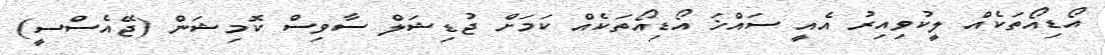
އޯޑިއޯތަކެއް ލީކުވިއިރު އެއީ ސައްޚަ އޯޑިއޯތަކެއް ކަމަށް ޖުޑިޝަލް ސާވިސް ކޮމިޝަން (ޖޭއެސްސީ)